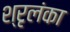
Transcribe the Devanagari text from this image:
श्रृलंका